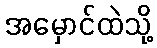
အမှောင်ထဲသို့